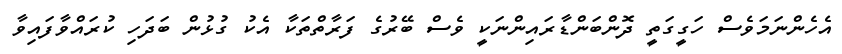
އެހެންނަމަވެސް ހަގީގަތީ ދޮންބަންޑާރައިންނަކީ ވެސް ބޭރުގެ ފަރާތްތަކާ އެކު ގުޅުން ބަދަހި ކުރައްވާފައިވާ